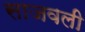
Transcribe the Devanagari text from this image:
साजवली